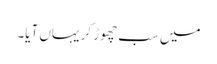
میں سب چھوڑ کر یہاں آیا۔